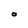
Character: O